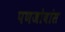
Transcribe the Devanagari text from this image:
पणजोबांस